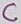
Text: C